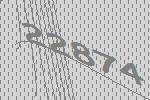
22874